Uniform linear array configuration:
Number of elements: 32
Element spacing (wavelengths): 0.5
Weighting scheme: hamming
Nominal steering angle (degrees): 30
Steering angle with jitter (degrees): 29.655
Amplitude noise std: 0.05
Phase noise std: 0.05

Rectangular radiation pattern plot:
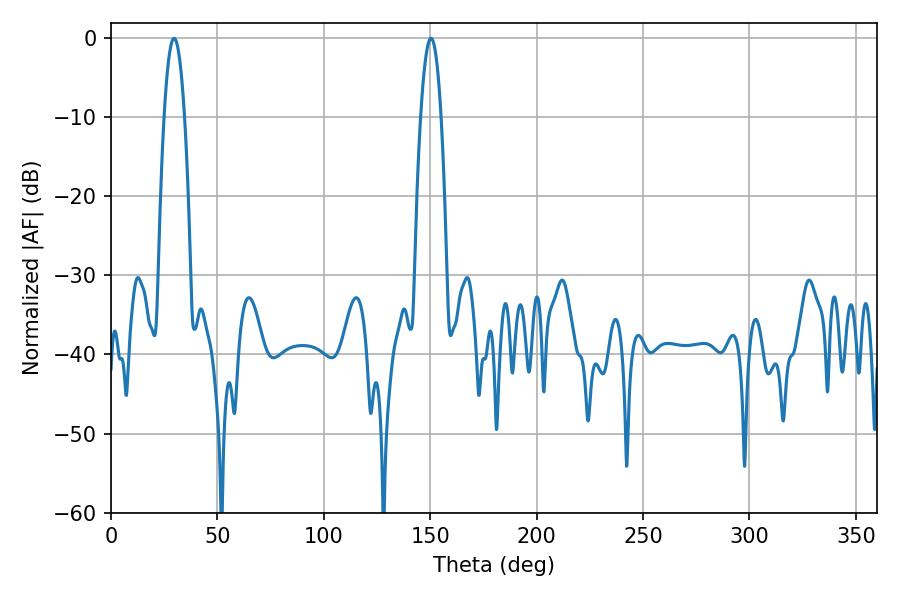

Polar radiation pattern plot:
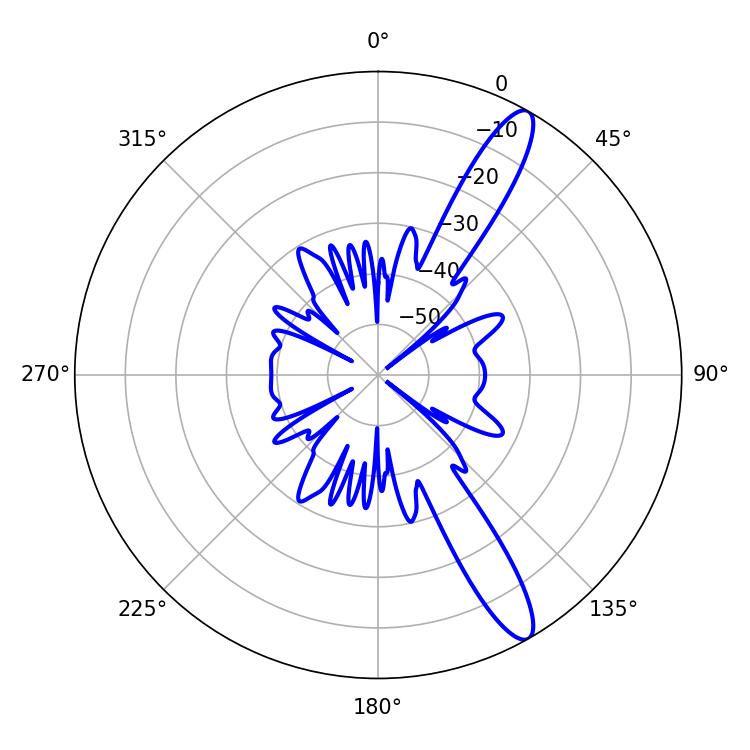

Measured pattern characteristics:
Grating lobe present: FALSE
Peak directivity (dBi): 13.063
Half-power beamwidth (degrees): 5.22
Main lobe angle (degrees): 150.3